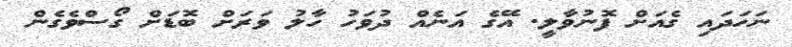
ނަހަދައި ގެއަށް ފޮނުވާލީ. އޭގެ އަނެއް ދުވަހު ހާލު ވަރަށް ބޮޑަށް ގޯސްވެގެން